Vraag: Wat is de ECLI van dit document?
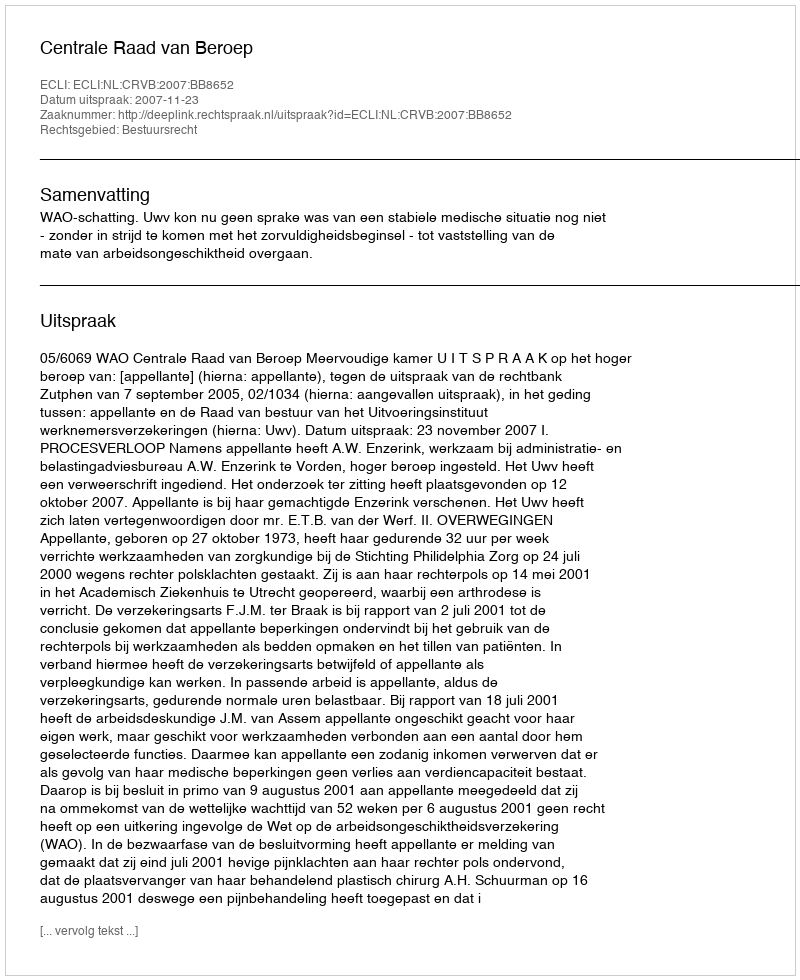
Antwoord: ECLI:NL:CRVB:2007:BB8652